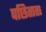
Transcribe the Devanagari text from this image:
पछिताता